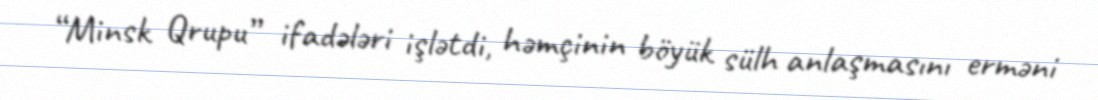
“Minsk Qrupu” ifadələri işlətdi, həmçinin böyük sülh anlaşmasını erməni